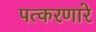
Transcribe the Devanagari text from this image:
पत्करणारे